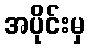
အပိုင်းမှ